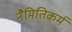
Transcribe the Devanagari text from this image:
नैमितिकर्म